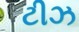
ટીઝ